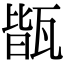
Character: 𤭧